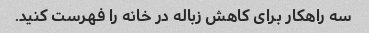
سه راهکار برای کاهش زباله در خانه را فهرست کنید.